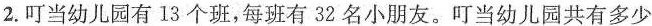
2.叮当幼儿园有13个班，每班有32名小朋友。叮当幼儿园共有多少